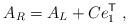
LaTeX: \begin{align*}A_R = A_L + C e_1^{\sf T} \;,\end{align*}